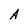
Character: A